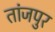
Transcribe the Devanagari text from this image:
तांजपुर